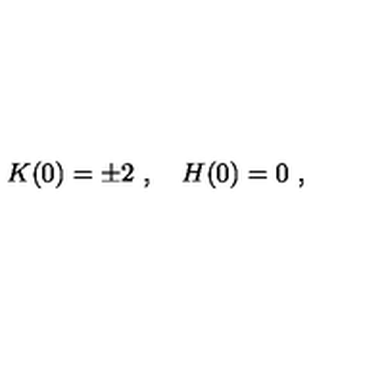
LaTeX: K ( 0 ) = \pm 2 \ , \quad H ( 0 ) = 0 \ ,